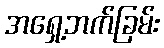
အရှေ့ဘက်ခြမ်း